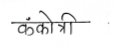
मजकूर: कंकोत्री